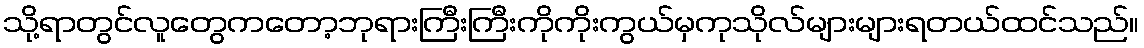
သို့ရာတွင်လူတွေကတော့ဘုရားကြီးကြီးကိုကိုးကွယ်မှကုသိုလ်များများရတယ်ထင်သည်။